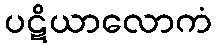
ပဋိယာလောကံ